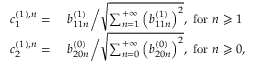
\begin{array} { r l } { c _ { 1 } ^ { ( 1 ) , n } = } & { \ b _ { 1 1 n } ^ { ( 1 ) } \bigg / \sqrt { \sum _ { n = 1 } ^ { + \infty } \left( b _ { 1 1 n } ^ { ( 1 ) } \right) ^ { 2 } } , \mathrm { ~ f o r ~ } n \geqslant 1 } \\ { c _ { 2 } ^ { ( 1 ) , n } = } & { \ b _ { 2 0 n } ^ { ( 0 ) } \bigg / \sqrt { \sum _ { n = 0 } ^ { + \infty } \left( b _ { 2 0 n } ^ { ( 0 ) } \right) ^ { 2 } } , \mathrm { ~ f o r ~ } n \geqslant 0 , } \end{array}